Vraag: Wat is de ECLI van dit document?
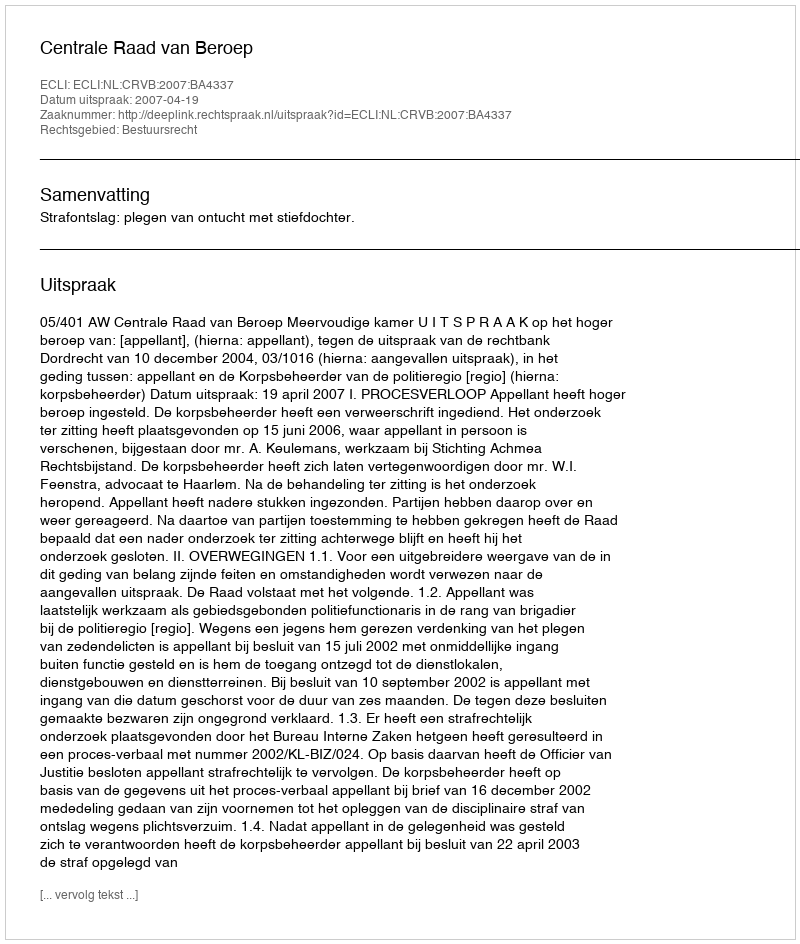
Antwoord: ECLI:NL:CRVB:2007:BA4337